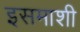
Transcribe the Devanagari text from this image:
इसमाशी